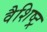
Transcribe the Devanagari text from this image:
वैशिष्ट्र